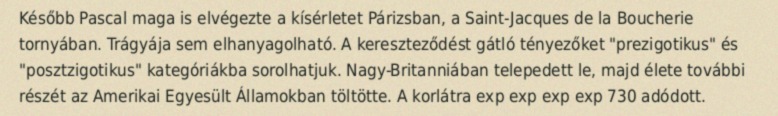
Később Pascal maga is elvégezte a kísérletet Párizsban, a Saint-Jacques de la Boucherie tornyában. Trágyája sem elhanyagolható. A kereszteződést gátló tényezőket "prezigotikus" és "posztzigotikus" kategóriákba sorolhatjuk. Nagy-Britanniában telepedett le, majd élete további részét az Amerikai Egyesült Államokban töltötte. A korlátra exp exp exp exp 730 adódott.